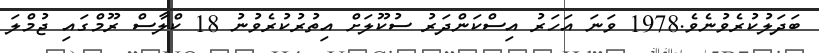
ބަދަލުކުރެވުނެވެ.1978 ވަނަ އަހަރު އިސްކަންދަރު ސުކޫލަށް އިތުރުކުރެވުނު 18 ކްލާސް ރޫމްގައި ޖުމްލަ